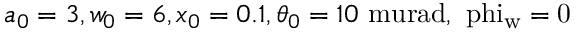
a _ { 0 } = 3 , w _ { 0 } = 6 , x _ { 0 } = 0 . 1 , \theta _ { 0 } = 1 0 \mathrm { { \ m u r a d } , \ p h i _ { w } = 0 }